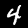
Digit: 4